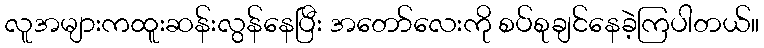
လူအများကထူးဆန်းလွန်နေပြီး အတော်လေးကို စပ်စုချင်နေခဲ့ကြပါတယ်။